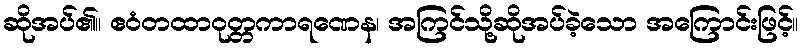
ဆိုအပ်၏။ ဧဝံတထာဝုတ္တကာရဏေန၊ အကြင်သို့ဆိုအပ်ခဲ့သော အကြောင်းဖြင့်။